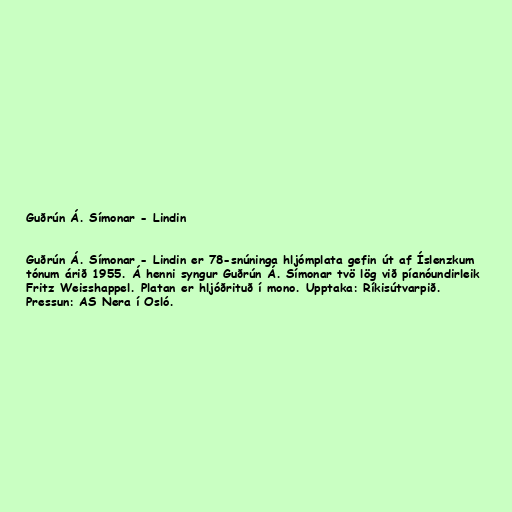
Guðrún Á. Símonar - Lindin

Guðrún Á. Símonar - Lindin er 78-snúninga hljómplata gefin út af Íslenzkum
tónum árið 1955. Á henni syngur Guðrún Á. Símonar tvö lög við píanóundirleik
Fritz Weisshappel. Platan er hljóðrituð í mono. Upptaka: Ríkisútvarpið.
Pressun: AS Nera í Osló.